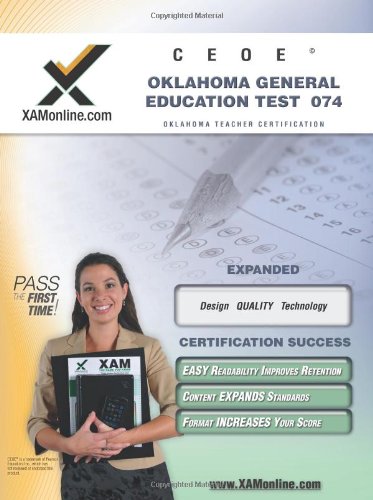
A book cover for CEOE OGET Oklahoma General Education Test 074 Teacher Certification Test Prep Study Guide (XAM OGET); Sharon Wynne; Test Preparation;